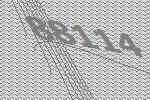
88114